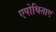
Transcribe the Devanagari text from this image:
एपोथिताए